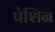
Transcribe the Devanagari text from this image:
पेशिन